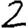
Digit: 2